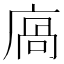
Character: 㢐